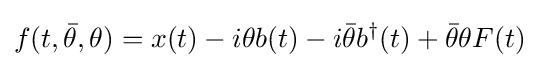
f(t,{\bar {\theta }},\theta )=x(t)-i\theta b(t)-i{\bar {\theta }}b^{\dagger }(t)+{\bar {\theta }}\theta F(t)